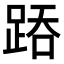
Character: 𨁇